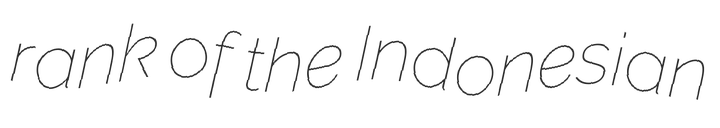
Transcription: rank of the Indonesian